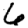
Digit: 6